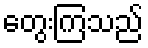
တွေးကြသည်